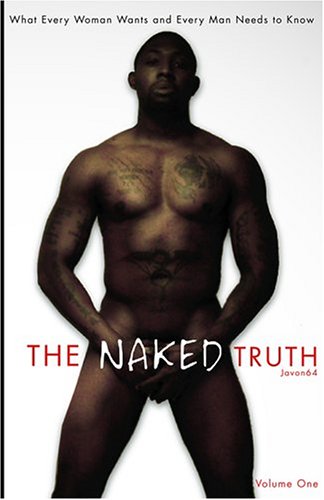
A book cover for The Naked Truth: What Every Woman Wants And Every Man Needs to Know, Volume One; Javon64; Romance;